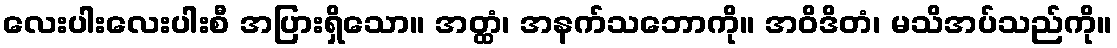
လေးပါးလေးပါးစီ အပြားရှိသော။ အတ္ထံ၊ အနက်သဘောကို။ အဝိဒိတံ၊ မသိအပ်သည်ကို။